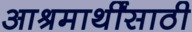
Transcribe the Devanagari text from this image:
आश्रमार्थींसाठी